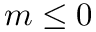
m \le 0